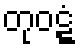
တုဝဋ္ဋံ